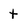
Character: t